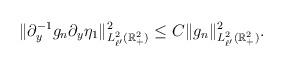
LaTeX: \begin{align*}\| \partial_y^{-1} g_{n} \partial_y \eta_1\|_{L^2_{\ell'}(\mathbb{R}^2_+)}^2 \le C\| g_{n} \|_{L^2_{ \ell'}(\mathbb{R}^2_+)}^2.\end{align*}